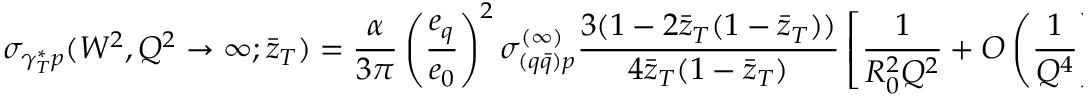
{ \sigma } _ { { \gamma } _ { T } ^ { \ast } p } ( W ^ { 2 } , Q ^ { 2 } \to \infty ; { \bar { z } } _ { T } ) = \frac { \alpha } { 3 \pi } \left( \frac { e _ { q } } { e _ { 0 } } \right) ^ { 2 } { \sigma } _ { ( q { \bar { q } } ) p } ^ { ( \infty ) } \frac { 3 ( 1 - 2 { \bar { z } } _ { T } ( 1 - { \bar { z } } _ { T } ) ) } { 4 { \bar { z } } _ { T } ( 1 - { \bar { z } } _ { T } ) } \left\lbrack \frac { 1 } { R _ { 0 } ^ { 2 } Q ^ { 2 } } + { \cal O } \left( \frac { 1 } { Q ^ { 4 } } \right) \right\rbrack \ .